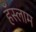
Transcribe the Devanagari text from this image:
हॅस्लाम